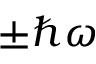
\pm \hbar \omega